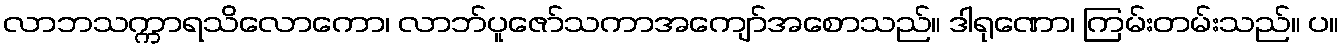
လာဘသက္ကာရသိလောကော၊ လာဘ်ပူဇော်သကာအကျော်အစောသည်။ ဒါရုဏော၊ ကြမ်းတမ်းသည်။ ပ။